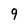
Character: 9